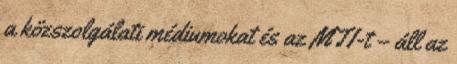
a közszolgálati médiumokat és az MTI-t – áll az